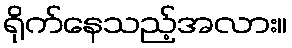
ရိုက်နေသည့်အလား။